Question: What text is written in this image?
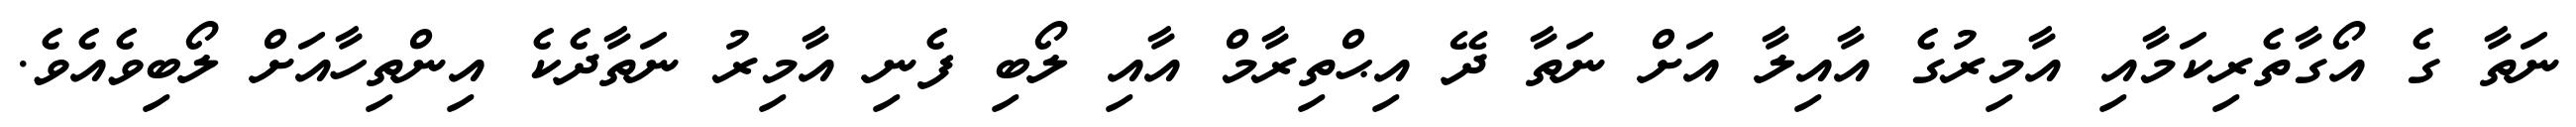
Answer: ނަތާ ގެ އޯގާތެރިކަމާއި އާމިރުގެ އާއިލާ އަށް ނަތާ ދޭ އިޙްތިރާމް އާއި ލޯބި ފެނި އާމިރު ނަތާދެކެ އިންތިހާއަށް ލޯބިވެއެވެ.